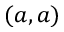
( a , a )